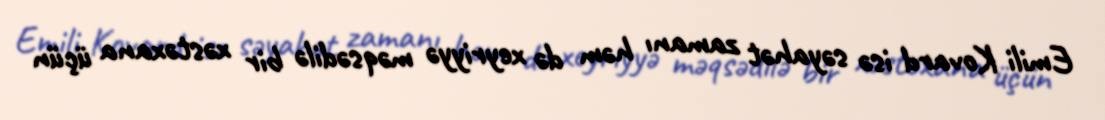
Emili Kovard isə səyahət zamanı həm də xeyriyyə məqsədilə bir xəstəxana üçün